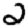
Digit: 2